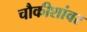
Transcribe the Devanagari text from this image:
चौकीशांवर